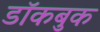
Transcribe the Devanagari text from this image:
डॉकबुक